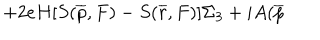
+ 2 e H [ S ( \overline { { { p } } } , F ) - S ( \overline { { { r } } } , F ) ] \Sigma _ { 3 } + i A ( \overline { { { p } } }